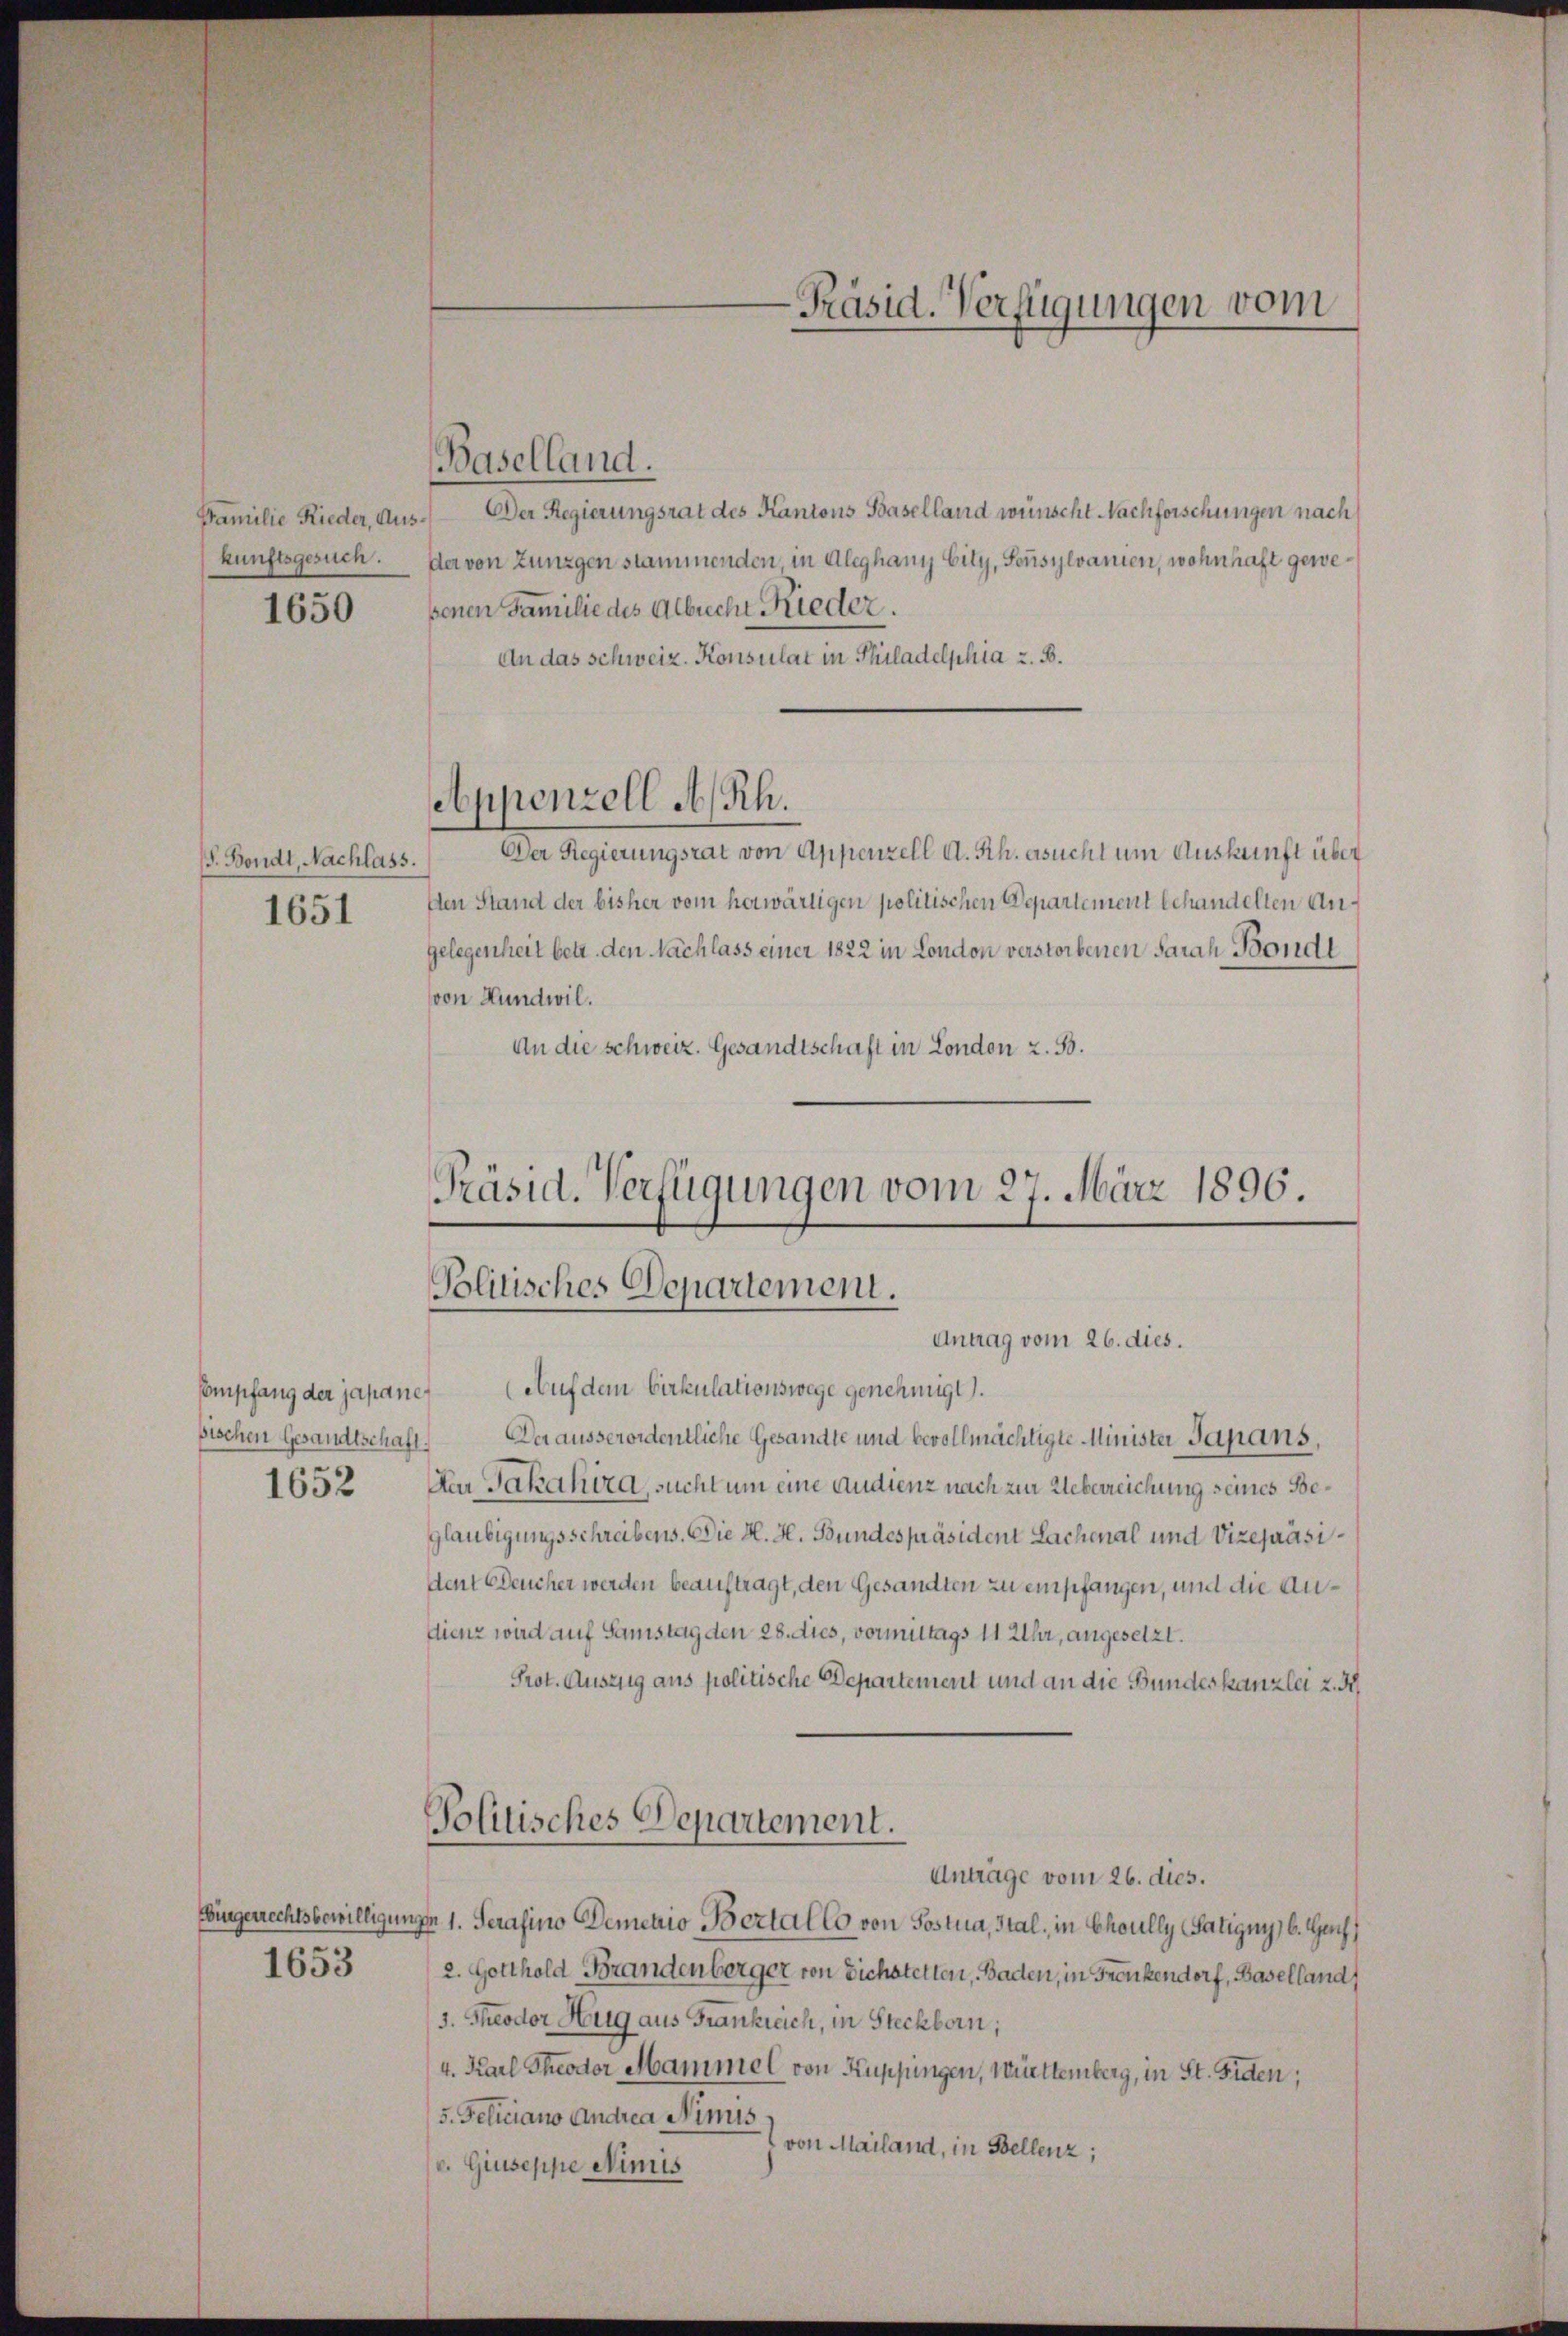
kunftsgesuch.
1650

. Bondt, Nachlass.
1651

1653

Baselland.
Familie Rieder, Aus- Der Regierungsrat des Kantons Baselland wünscht Nachforschungen nach
der von Zungen stammenden, in Aleghany Eity, Sensylvanten, wohnhaft gewesenen Familie des Albrecht Rieder.
An das Schweiz. Konsulat in Philadelphia z. B.
Der Regierungsrat von Appenzell A. Rh. asucht um Auskunft über
Den Stand der bisher vom herwärtigen politischen Departement behandelten Angelegenheit betr. den Nachlass einer 1822 in London verstorbenen Sarah Bondt
von Hundwil.
An die schweiz. Gesandtschaft in London z. B.
Präsid. Verfügungen vom 27. März 1896.

Appenzell A.Rh.

-Präsid. Verfügungen vom

Politisches Departement.
Antrag vom 26. dies.

Compfang der japane. (Auf dem Cirkulationswege genehmigt.
bischen Gesandtschaft. Der ausserordentliche Gesandte und bevollmächtigte Minister Japans,
1652 An Jakakira, sucht um eine Audienz nach zur Ueberreichung seines Beglaubigungsschreibens. Die H. H. Bundespräsident Lachenal und Vizepräsi¬
Aent Deucher werden beauftragt, den Gesandten zu empfangen, und die Andienz wird auf Samstag den 28. dies, vormittags 11 Uhr, angesetzt.
Prot. Auszug aus politische Departement und an die Bundeskanzlei z. B.
Politisches Departement.
Anträge vom 26. dies.
Bürgerrechtsbewilligung 1. Serasino Demetio Bertal Co von Postua, Stal, in Choully (Fatigny, b. Guch)
2. Gotthold Brandenberger von Sichstetten, Baden, in Frankendorf, Baselland
s. Theodor Hug aus Frankreich, in Steckborn,
4. Karl Theodor Mammel von Kuppingen, Württemberg, in St. Fiden;
5. Feliciano Andrea Nimis
von Mailand, in Bellenz;
v. Giuseppe Nimis